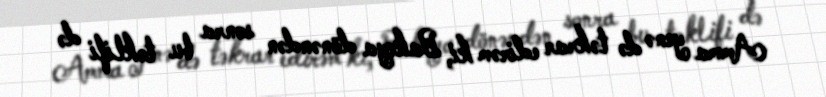
Amma yenə də təkrar edirəm ki, Bakıya dönəndən sonra bu təklifi də